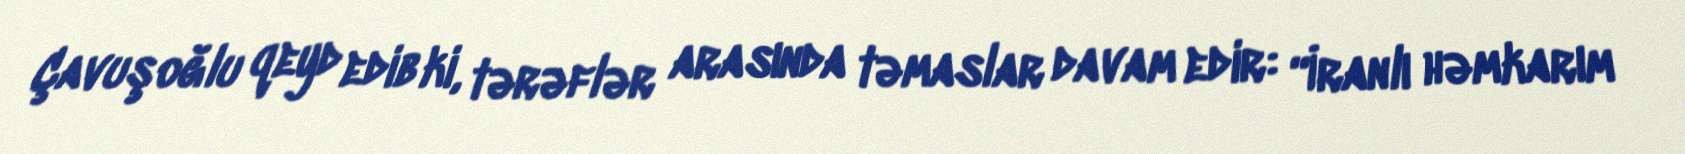
Çavuşoğlu qeyd edib ki, tərəflər arasında təmaslar davam edir: “İranlı həmkarım